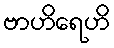
ဗာဟိရေဟိ